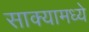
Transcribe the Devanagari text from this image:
साक्यामध्ये